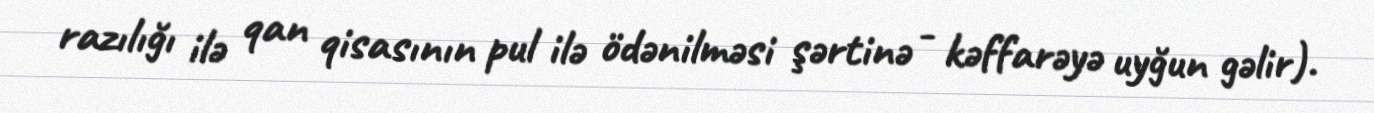
razılığı ilə qan qisasının pul ilə ödənilməsi şərtinə - kəffarəyə uyğun gəlir).